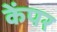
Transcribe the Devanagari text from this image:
केंपर